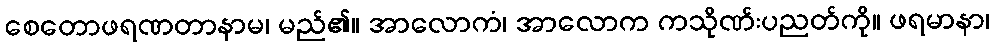
စေတောဖရဏတာနာမ၊ မည်၏။ အာလောကံ၊ အာလောက ကသိုဏ်းပညတ်ကို။ ဖရမာနာ၊